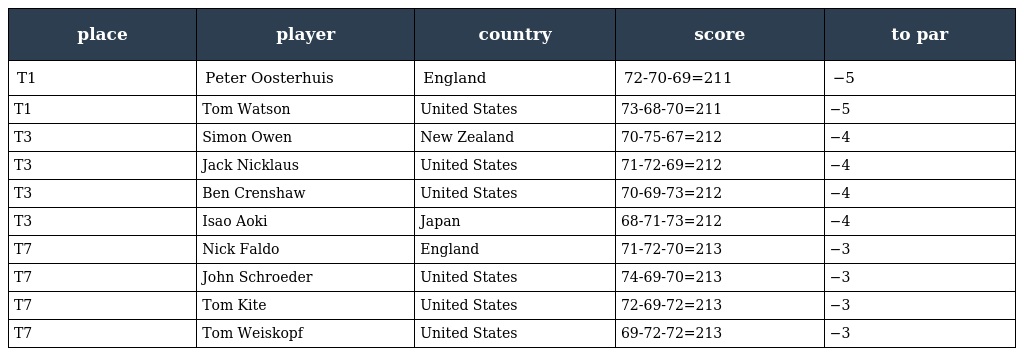
| place | player | country | score | to par |
 | --- | --- | --- | --- | --- |
 | T1 | Peter Oosterhuis | England | 72-70-69=211 | −5 |
 | T1 | Tom Watson | United States | 73-68-70=211 | −5 |
 | T3 | Simon Owen | New Zealand | 70-75-67=212 | −4 |
 | T3 | Jack Nicklaus | United States | 71-72-69=212 | −4 |
 | T3 | Ben Crenshaw | United States | 70-69-73=212 | −4 |
 | T3 | Isao Aoki | Japan | 68-71-73=212 | −4 |
 | T7 | Nick Faldo | England | 71-72-70=213 | −3 |
 | T7 | John Schroeder | United States | 74-69-70=213 | −3 |
 | T7 | Tom Kite | United States | 72-69-72=213 | −3 |
 | T7 | Tom Weiskopf | United States | 69-72-72=213 | −3 |